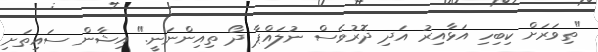
"ތިވަރަށް ކިބިހި އަޅާއިރު އަދި ދޮރުވެސް ނުލައްޕާ ދޯ ތިއިންނަނީ." އިޝާން ސައިތަށި